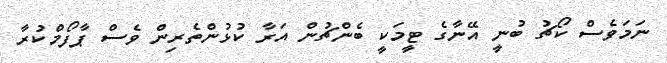
ނަމަވެސް ކޯޗު ބުނީ އޭނާގެ ޓީމަކީ ބެންޗުން އަރާ ކުޅުންތެރިން ވެސް ޕާފޯމްކުރާ